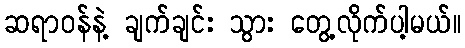
ဆရာဝန်နဲ့ ချက်ချင်း သွား တွေ့လိုက်ပါ့မယ်။